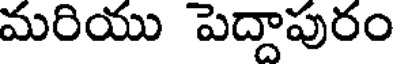
మరియు పెద్దాపురం